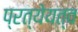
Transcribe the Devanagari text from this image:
प्रत्येयत्व